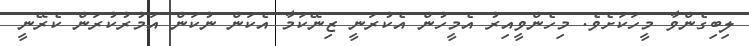
ލިބިގެންވާ މީހަކަށެވެ. މިހެންވީއިރު އެމީހުން އެކުރަނީ ޒިނޭކަމާ އެކަން ނުކަން އަމުރުކުރަން ކެރޭނީ